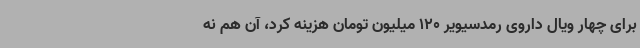
برای چهار ویال داروی رمدسیویر 120 میلیون تومان هزینه کرد، آن هم نه